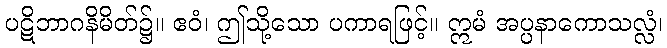
ပဋိဘာဂနိမိတ်၌။ ဧဝံ၊ ဤသို့သော ပကာရဖြင့်။ ဣမံ အပ္ပနာကောသလ္လံ၊